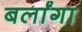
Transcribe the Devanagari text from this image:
बर्लांगा